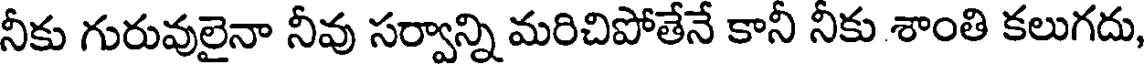
నీకు గురువులైనా నీవు సర్వాన్ని మరిచిపోతేనే కానీ నీకు శాంతి కలుగదు,